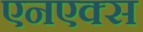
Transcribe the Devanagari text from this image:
एनएक्स